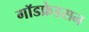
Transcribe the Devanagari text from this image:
गॉडफ्रेडसन